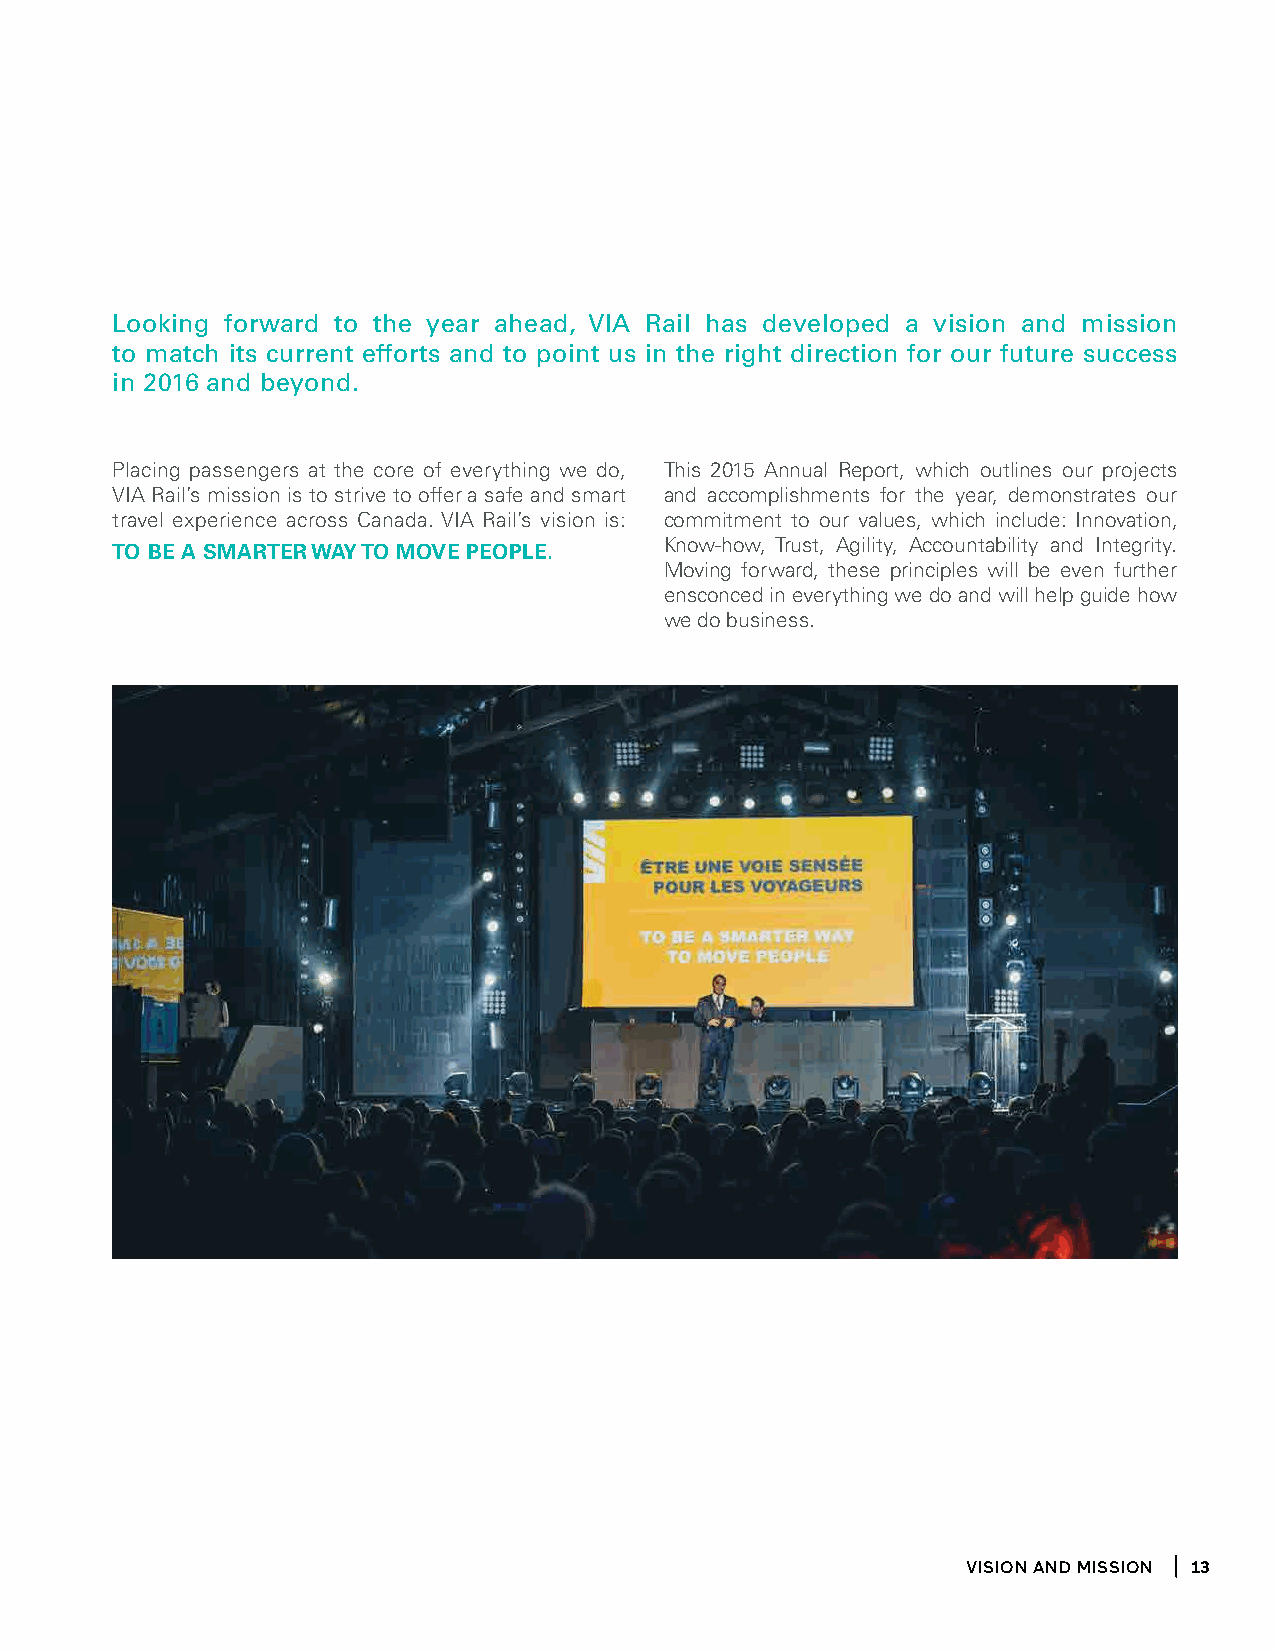
Looking forward to the year ahead, VIA Rail has developed a vision and mission
 to match its current efforts and to point us in the right direction for our future success
 in 2016 and beyond.
 Placing passengers at the core of everything we do, This 2015 Annual Report, which outlines our projects
 VIA Rail’s mission is to strive to offer a safe and smart and accomplishments for the year, demonstrates our
 travel experience across Canada. VIA Rail’s vision is: commitment to our values, which include: Innovation,
 to BE a SmartEr WaY to movE PEoPlE.  Know-how, Trust, Agility, Accountability and Integrity.
 Moving forward, these principles will be even further
 ensconced in everything we do and will help guide how
 we do business.
 Vision and Mission 13